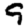
Digit: 9